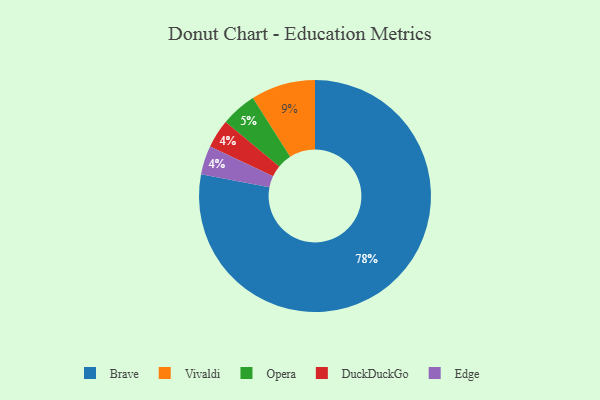
{"axis": {"x": "Category", "y": "Percentage"}, "legend": ["Brave", "DuckDuckGo", "Edge", "Opera", "Vivaldi"], "data": [{"x": "Brave", "y": 78, "type": "Brave"}, {"x": "Opera", "y": 5, "type": "Opera"}, {"x": "Vivaldi", "y": 9, "type": "Vivaldi"}, {"x": "DuckDuckGo", "y": 4, "type": "DuckDuckGo"}, {"x": "Edge", "y": 4, "type": "Edge"}]}